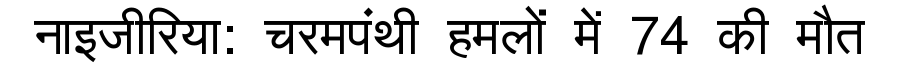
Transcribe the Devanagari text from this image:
नाइजीरिया: चरमपंथी हमलों में 74 की मौत